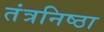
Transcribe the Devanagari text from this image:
तंत्रनिष्ठा